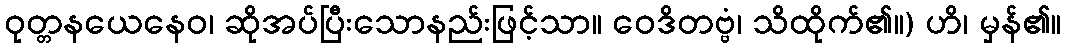
ဝုတ္တနယေနေဝ၊ ဆိုအပ်ပြီးသောနည်းဖြင့်သာ။ ဝေဒိတဗ္ဗံ၊ သိထိုက်၏။) ဟိ၊ မှန်၏။